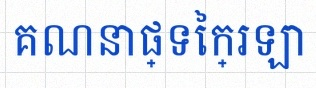
គណនាផ្ទៃក្រឡា